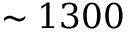
\sim 1 3 0 0